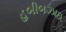
હબીબઝાઇ